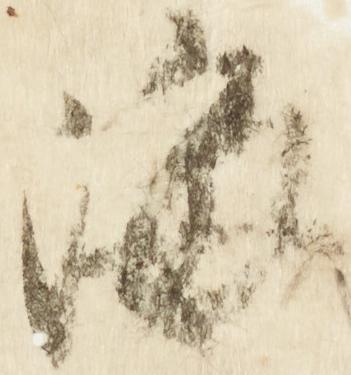
海